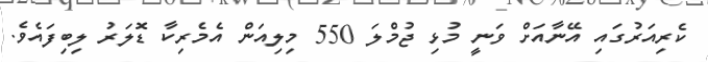
ކެރިއަރުގައި އޭނާއަށް ވަނީ މުޅި ޖުމްލަ 550 މިލިއަން އެމެރިކާ ޑޮލަރު ލިބިފައެވެ.